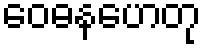
ဝေဓနဟေတု